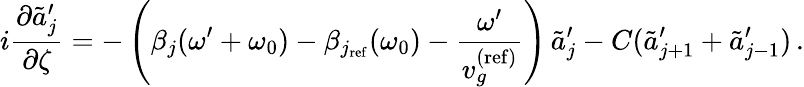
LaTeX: i\frac{\partial\tilde{a}_{j}^{\prime}}{\partial\zeta}=-\left(\beta_{j}(\omega^{\prime}+\omega_{0})-\beta_{j_{\mathrm{ref}}}(\omega_{0})-\frac{\omega^{\prime}}{v_{g}^{\mathrm{(ref)}}}\right)\, \tilde{a}_{j}^{\prime}-C(\tilde{a}_{j+1}^{\prime}+\tilde{a}_{j-1}^{\prime})\, .